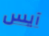
آيس